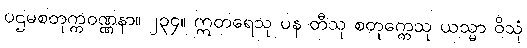
ပဌမစတုက္ကဝဏ္ဏနာ။ ၂၃၄။ ဣတရေသု ပန တီသု စတုက္ကေသု ယသ္မာ ဝိသုံ